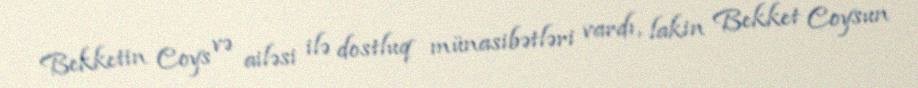
Bekketin Coys və ailəsi ilə dostluq münasibətləri vardı, lakin Bekket Coysun